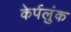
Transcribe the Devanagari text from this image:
केर्पलुंक